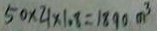
5 0 \times 2 1 \times 1 . 8 = 1 8 9 0 m ^ { 3 }